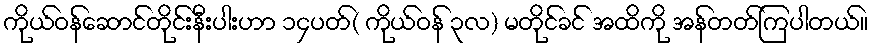
ကိုယ်ဝန်ဆောင်တိုင်းနီးပါးဟာ ၁၄ပတ်( ကိုယ်ဝန် ၃လ) မတိုင်ခင် အထိကို အန်တတ်ကြပါတယ်။